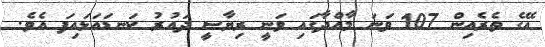
އޭގެ ތެރެއިން 107 ވަނަ މާއްދާގައި ވަނީ ރިޔާސީ ދައުރު ކަނޑައަޅައިފަ އެވެ.